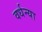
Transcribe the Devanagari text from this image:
वर्धन्या